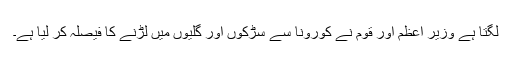
لگتا ہے وزیر اعظم اور قوم نے کورونا سے سڑکوں اور گلیوں میں لڑنے کا فیصلہ کر لیا ہے۔